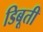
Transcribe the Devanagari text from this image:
डिबूती